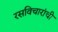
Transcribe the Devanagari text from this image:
रसविचारांची